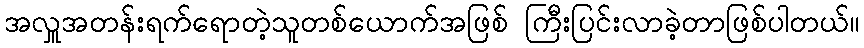
အလှူအတန်းရက်ရောတဲ့သူတစ်ယောက်အဖြစ် ကြီးပြင်းလာခဲ့တာဖြစ်ပါတယ်။